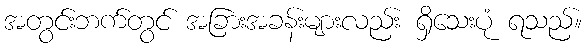
အတွင်းဘက်တွင် အခြားအခန်းများလည်း ရှိသေးပုံ ရသည်။